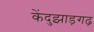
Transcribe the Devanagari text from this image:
केंदुझाड़गढ़